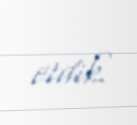
etdik.